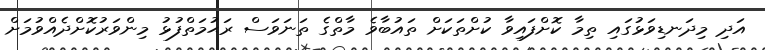
އަދި މިދަނޑިވަޅުގައި ތިމާ ކޮށްފައިވާ ކުށްތަކަށް ތައުބާވެ މާތްގެ ތަނަވަސް ރަޙުމަތްފުޅު މިންވަރުކޮށްދެއްވުމަށް